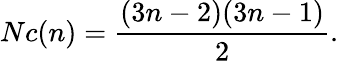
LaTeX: Nc(n)={\frac{(3n-2)(3n-1)}{2}}.